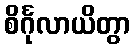
စိင်္ဂုလာယိတွာ